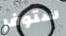
ستوفر